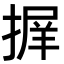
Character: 𭡱